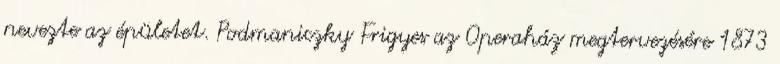
nevezte az épületet. Podmaniczky Frigyes az Operaház megtervezésére 1873